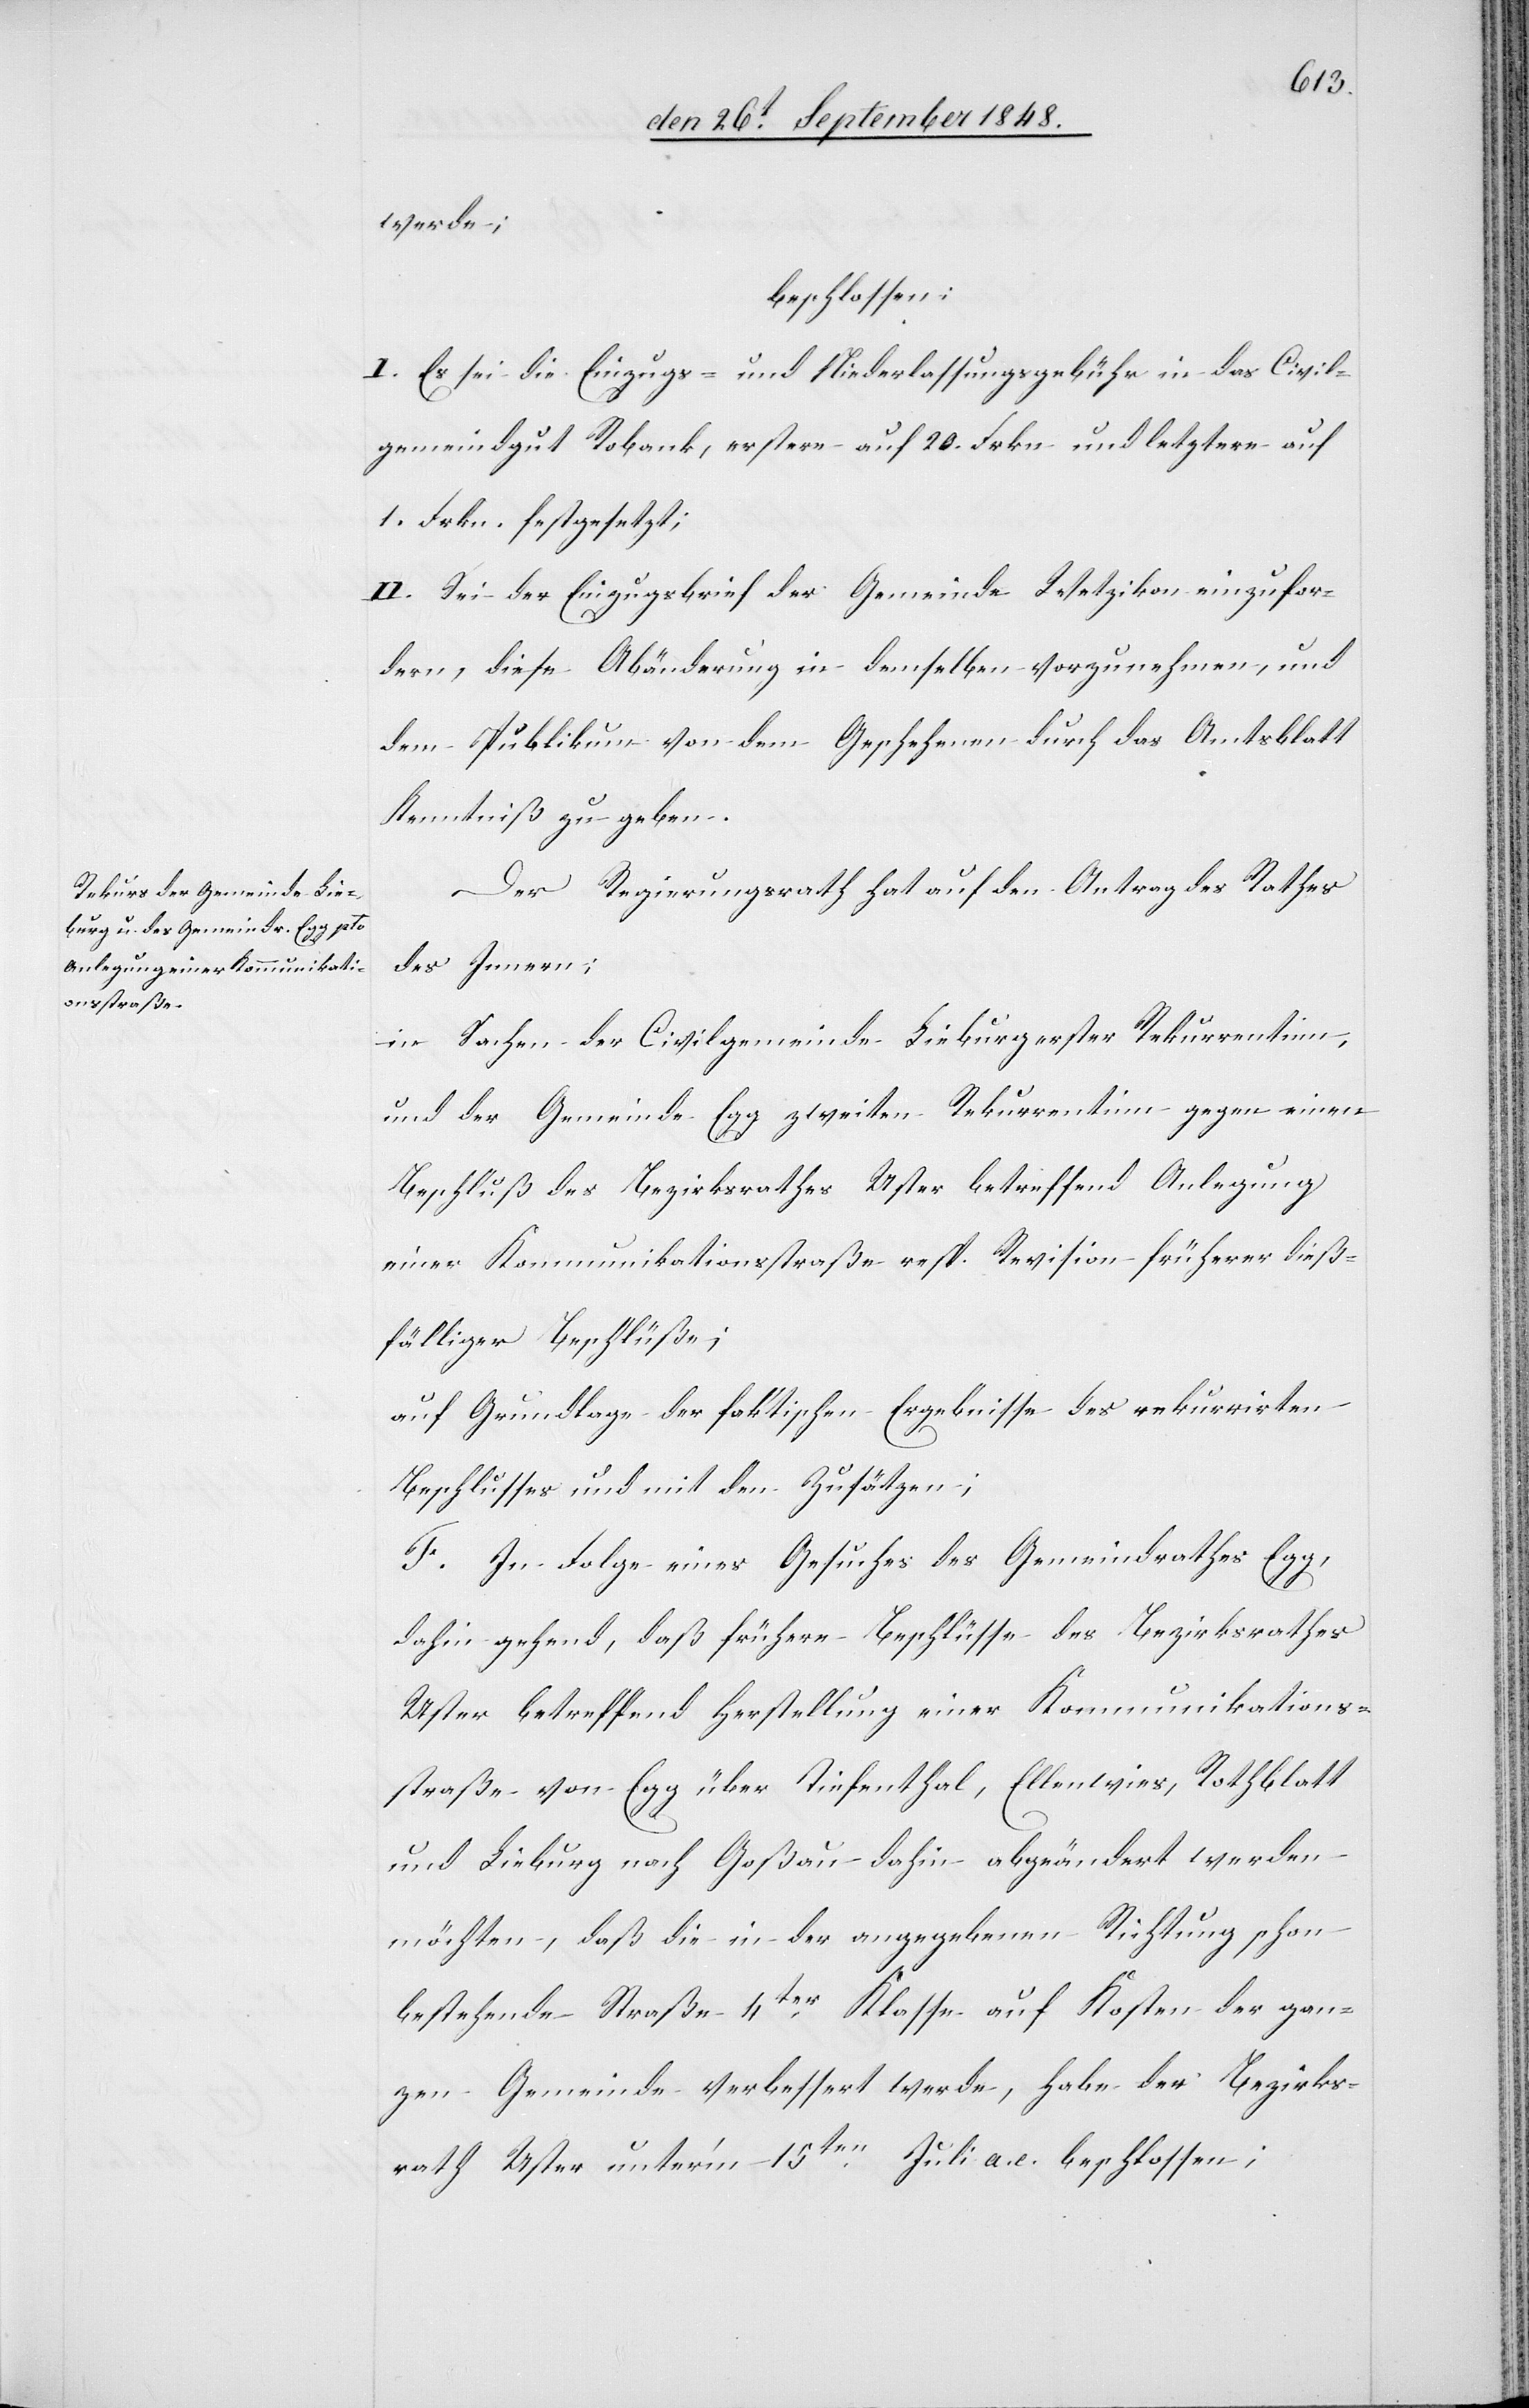
werde;
beschlossen:
I. Es sei die Einzugs- und Niederlassungsgebühr in das Civil¬
gemeindgut Robank, erstere auf 20. Frkn. und letztere auf
1. Frkn. festgesetzt;
II. Sei der Einzugsbrief der Gemeinde Wetzikon einzufor¬
dern, diese Abänderung in demselben vorzunehmen, und
dem Publikum von dem Geschehenen durch das Amtsblatt
Kenntniß zu geben.
Der Regierungsrath hat auf den Antrag des Rathes
des Innern:
in Sachen der Civilgemeinde Lieburg erster Rekurrentinn,
und der Gemeinde Egg zweiten Rekurrentinn gegen einen
Beschluß des Bezirksrathes Uster betreffend Anlegung
einer Kommunikationsstraße resp. Revision früherer dieß¬
fälliger Beschlüße;
auf Grundalge der faktischen Ergebnisse des rekurrirten
Beschlusses und mit den Zusätzen;
F. In Folge eines Gesuches des Gemeindrathes Egg,
dahin gehend, daß frühere Beschlüsse des Bezirksrathes
Uster betreffend Herstellung einer Kommunikations¬
straße von Egg über Tiefenthal, Ellenwies, Rothblatt
und Lieburg nach Goßau dahin abgeändert werden
möchten, daß die in der angegebenen Richtung schon
bestehende Straße 4ter Klasse auf Kosten der gan¬
zen Gemeinde verbessert werde, habe der Bezirks¬
rath Uster unter’m 15ten Juli a. c. beschlossen;